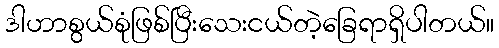
ဒါဟာစွယ်စုံဖြစ်ပြီးသေးငယ်တဲ့ခြေရာရှိပါတယ်။